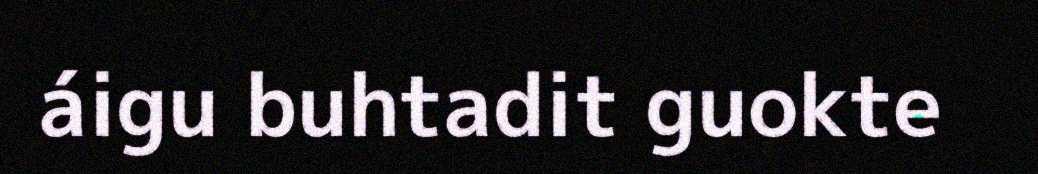
áigu buhtadit guokte